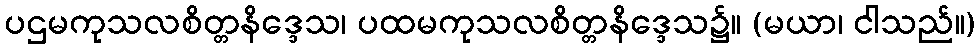
ပဌမကုသလစိတ္တနိဒ္ဒေသ၊ ပထမကုသလစိတ္တနိဒ္ဒေသ၌။ (မယာ၊ ငါသည်။)